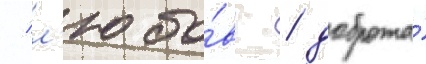
/ л'юбо́вь / доброта́